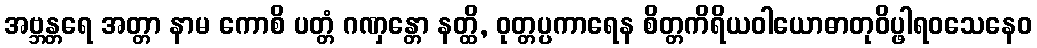
အဗ္ဘန္တရေ အတ္တာ နာမ ကောစိ ပတ္တံ ဂဏှန္တော နတ္ထိ, ဝုတ္တပ္ပကာရေန စိတ္တကိရိယဝါယောဓာတုဝိပ္ဖါရဝသေနေဝ